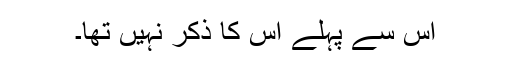
اس سے پہلے اس کا ذکر نہیں تھا۔